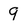
Character: 9